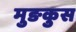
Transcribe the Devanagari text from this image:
मुङकुस